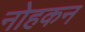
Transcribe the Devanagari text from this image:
नोहकन